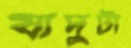
যাদুটা